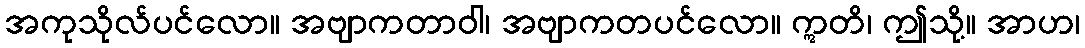
အကုသိုလ်ပင်လော။ အဗျာကတာဝါ၊ အဗျာကတပင်လော။ ဣတိ၊ ဤသို့။ အာဟ၊